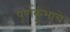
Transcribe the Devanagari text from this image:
पूर्णकुंभाचे